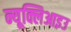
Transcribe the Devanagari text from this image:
न्यूक्लिआइउ